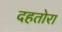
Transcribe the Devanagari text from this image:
दहतोरा